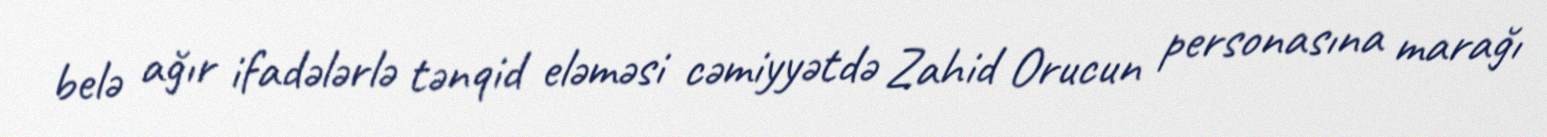
belə ağır ifadələrlə tənqid eləməsi cəmiyyətdə Zahid Orucun personasına marağı